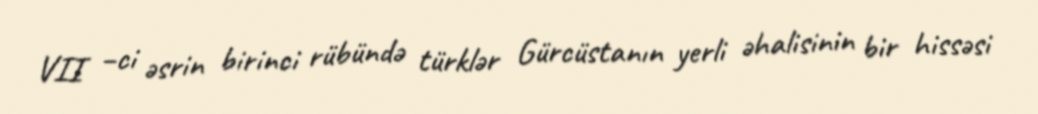
VII –ci əsrin birinci rübündə türklər Gürcüstanın yerli əhalisinin bir hissəsi